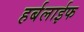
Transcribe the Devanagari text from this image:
हर्बलाईफ